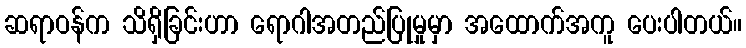
ဆရာဝန်က သိရှိခြင်းဟာ ရောဂါအတည်ပြုမှုမှာ အထောက်အကူ ပေးပါတယ်။